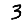
Digit: 3